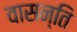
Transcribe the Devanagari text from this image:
वासन्ति